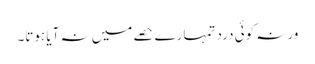
ورنہ کوئی درد تمہارے حصے میں نہ آیا ہوتا۔